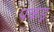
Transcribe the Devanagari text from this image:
पकड़़